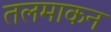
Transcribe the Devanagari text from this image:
तलमाकन